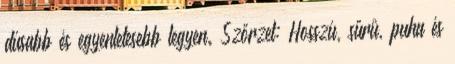
dúsabb és egyenletesebb legyen. Szőrzet: Hosszú, sűrű, puha és